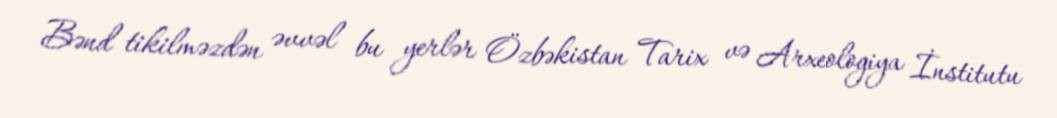
Bənd tikilməzdən əvvəl bu yerlər Özbəkistan Tarix və Arxeologiya İnstitutu